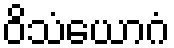
ဝိသံယောဂံ